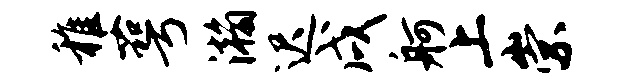
稚萼瀚迟戌舸上崇